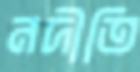
নদীতি